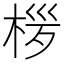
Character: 㭮